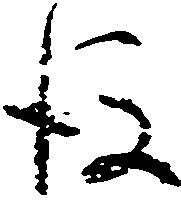
後